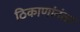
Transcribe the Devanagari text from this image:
ठिकाणांनंतर